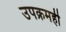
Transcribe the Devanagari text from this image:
उपक्रमहीे